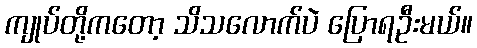
ကျုပ်တို့ကတော့ သိသလောက်ပဲ ပြောရဦးမယ်။